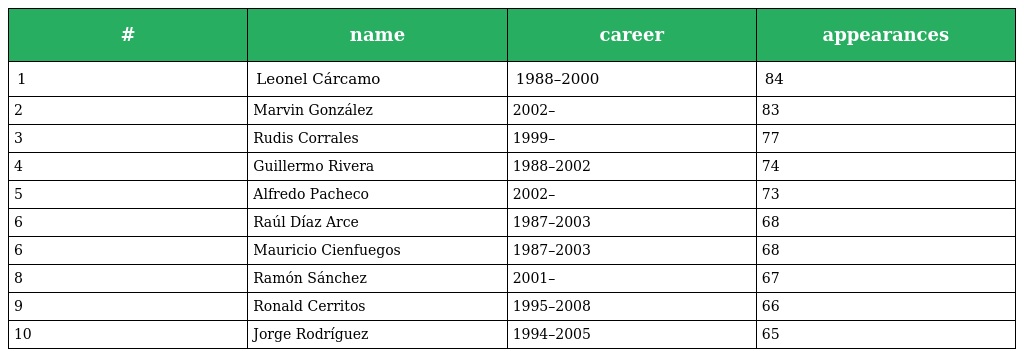
| # | name | career | appearances |
 | --- | --- | --- | --- |
 | 1 | Leonel Cárcamo | 1988–2000 | 84 |
 | 2 | Marvin González | 2002– | 83 |
 | 3 | Rudis Corrales | 1999– | 77 |
 | 4 | Guillermo Rivera | 1988–2002 | 74 |
 | 5 | Alfredo Pacheco | 2002– | 73 |
 | 6 | Raúl Díaz Arce | 1987–2003 | 68 |
 | 6 | Mauricio Cienfuegos | 1987–2003 | 68 |
 | 8 | Ramón Sánchez | 2001– | 67 |
 | 9 | Ronald Cerritos | 1995–2008 | 66 |
 | 10 | Jorge Rodríguez | 1994–2005 | 65 |